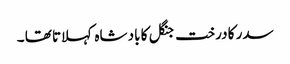
سدر کا درخت جنگل کا باد شاہ کہلاتا تھا ۔